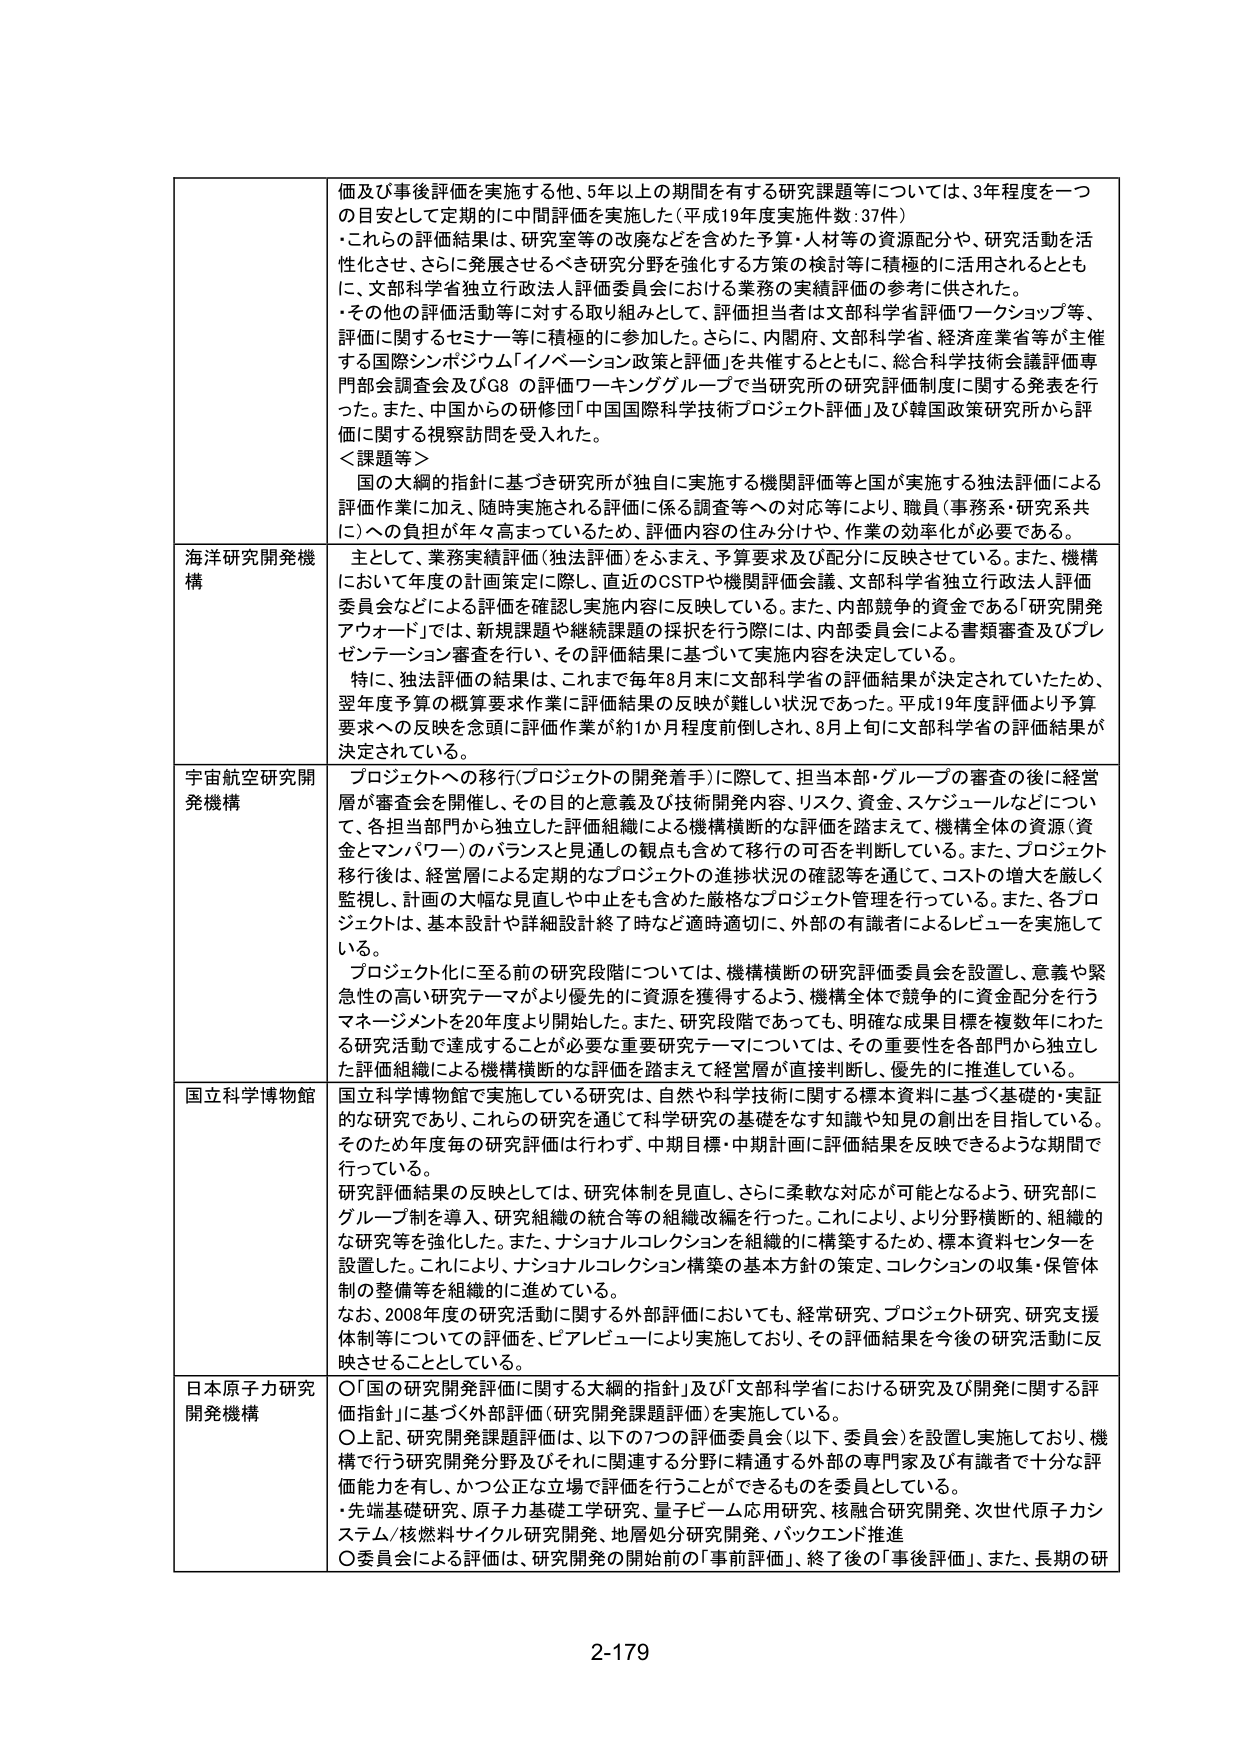
価及び事後評価を実施する他、5年以上の期間を有する研究課題等については、3年程度を一つの目安として定期的に中間評価を実施した（平成19年度実施件数：37件）
・これらの評価結果は、研究室等の改廃などを含めた予算・人材等の資源配分や、研究活動を活性化させ、さらに発展させるべき研究分野を強化する方策の検討等に積極的に活用されるとともに、文部科学省独立行政法人評価委員会における業務の実績評価の参考に供された。
・その他の評価活動等に対する取り組みとして、評価担当者は文部科学省評価ワークショップ等、評価に関するセミナー等に積極的に参加した。さらに、内閣府、文部科学省、経済産業省等が主催する国際シンポジウム「イノベーション政策と評価」を共催するとともに、総合科学技术会議評価専門部会調査会及びG8 の評価ワーキンググループで当研究所の研究評価制度に関する発表を行った。また、中国からの研修団「中国国際科学技術プロジェクト評価」及び韓国政策研究所から評価に関する視察訪問を受け入れた。
＜課題等＞
国の大綱的指針に基づき研究所が独自に実施する機関評価等と国が実施する独立評価による評価作業に加え、随時実施される評価に係る調査等への対応等により、職員（事務系・研究系共に）への負担が年々高まっているため、評価内容の住み分けや、作業の効率化が必要である。

海洋研究開発機構
主として、業務実績評価（独法評価）をふまえ、予算要求及び配分に反映させている。また、機構において年度の計画策定に際し、直近のOSTPや機関評価会議、文部科学省独立行政法人評価委員会などによる評価を確認し実施内容に反映している。また、内部競争的資金である「研究開発アワード」では、新規課題や継続課題の採択を行う際には、内部委員会による書類審査及びプレゼンテーション審査を行い、その評価結果に基づいて実施内容を決定している。
特に、独法評価の結果は、これまで毎年8月末に文部科学省の評価結果が決定されていたため、翌年度予算の概算要求作業に評価結果の反映が難しい状況であった。平成19年度評価より予算要求への反映を念頭に評価作業が約1か月程度前倒しされ、8月上旬に文部科学省の評価結果が決定されている。

宇宙航空研究開発機構
プロジェクトへの移行（プロジェクトの開発着手）に際して、担当本部・グループの審査の後に経営層が審査会を開催し、その目的と意義及び技術開発内容、リスク、資金、スケジュールなどについて、各担当部門から独立した評価組織による機関横断的な評価を踏まえて、機構全体の資源（資金とマンパワー）のバランスと見通しの観点も含めて移行の可否を判断している。また、プロジェクト移行後は、経営層による定期的なプロジェクトの進捗状況の確認等を通じて、コストの増大を厳しく監視し、計画の大幅な見直しや中止も含めた厳格なプロジェクト管理を行っている。また、各プロジェクトは、基本設計や詳細設計終了時など適時適切に、外部の有識者によるレビューを実施している。
プロジェクト化に至る前の研究段階については、機構横断の研究評価委員会を設置し、意義や緊急性の高い研究テーマがより優先的に資源を獲得するよう、機構全体で競争的に資金配分を行うマネージメントを20年度より開始した。また、研究段階であっても、明確な成果目標を複数年に行う研究活動で達成することが必要な重要研究テーマについては、その重要性を各部門から独立した評価組織による機関横断的な評価を踏まえて経営層が直接判断し、優先的に推進している。

国立科学博物館
国立科学博物館で実施している研究は、自然や科学技術に関する標本資料に基づく基礎的・実証的な研究であり、これらの研究を通じて科学研究の基礎をなす知識や知見の創出を目指している。そのため年度毎の研究評価は行わず、中期目標・中期計画に評価結果を反映できるような期間で行っている。
研究評価結果の反映としては、研究体制を見直し、さらに柔軟な対応が可能となるよう、研究部にグループ制を導入、研究組織の統合等の組織改編を行った。これにより、より分野横断的、組織的な研究等を強化した。また、ナショナルコレクションを組織的に構築するため、標本資料センターを設置した。これにより、ナショナルコレクション構築の基本方針の策定、コレクションの収集・保管体制の整備等を組織的に進めている。
なお、2008年度の研究活動に関する外部評価においても、経常研究、プロジェクト研究、研究支援体制等についての評価を、ピアレビューにより実施しており、その評価結果を今後の研究活動に反映させることとしている。

日本原子力研究開発機構
〇「国の研究開発評価に関する大綱的指針」及び「文部科学省における研究及び開発に関する評価指針」に基づく外部評価（研究開発課題評価）を実施している。
〇上記、研究開発課題評価は、以下の7つの評価委員会（以下、委員会）を設置し実施しており、機構で行う研究開発分野及びそれに関連する分野に精通する外部の専門家及び有識者で十分な評価能力を有し、かつ公正な立場で評価を行うことができるものを委員としている。
・先端基礎研究、原子力基礎工学研究、量子ビーム応用研究、核融合研究開発、次世代原子力システム/核燃料サイクル研究開発、地層処分研究開発、バックエンド推進
〇委員会による評価は、研究開発の開始前の「事前評価」、終了後の「事後評価」、また、長期の研

2-179